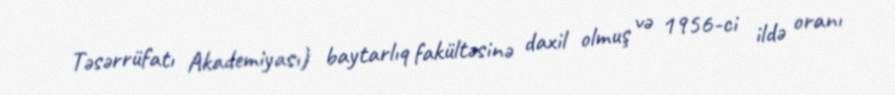
Təsərrüfatı Akademiyası) baytarlıq fakültəsinə daxil olmuş və 1956-ci ildə oranı